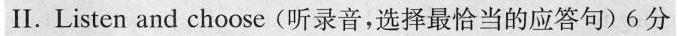
Ⅱ.Listen and choose (听录音,选择最恰当的应答句)6 分